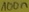
Text: 100n